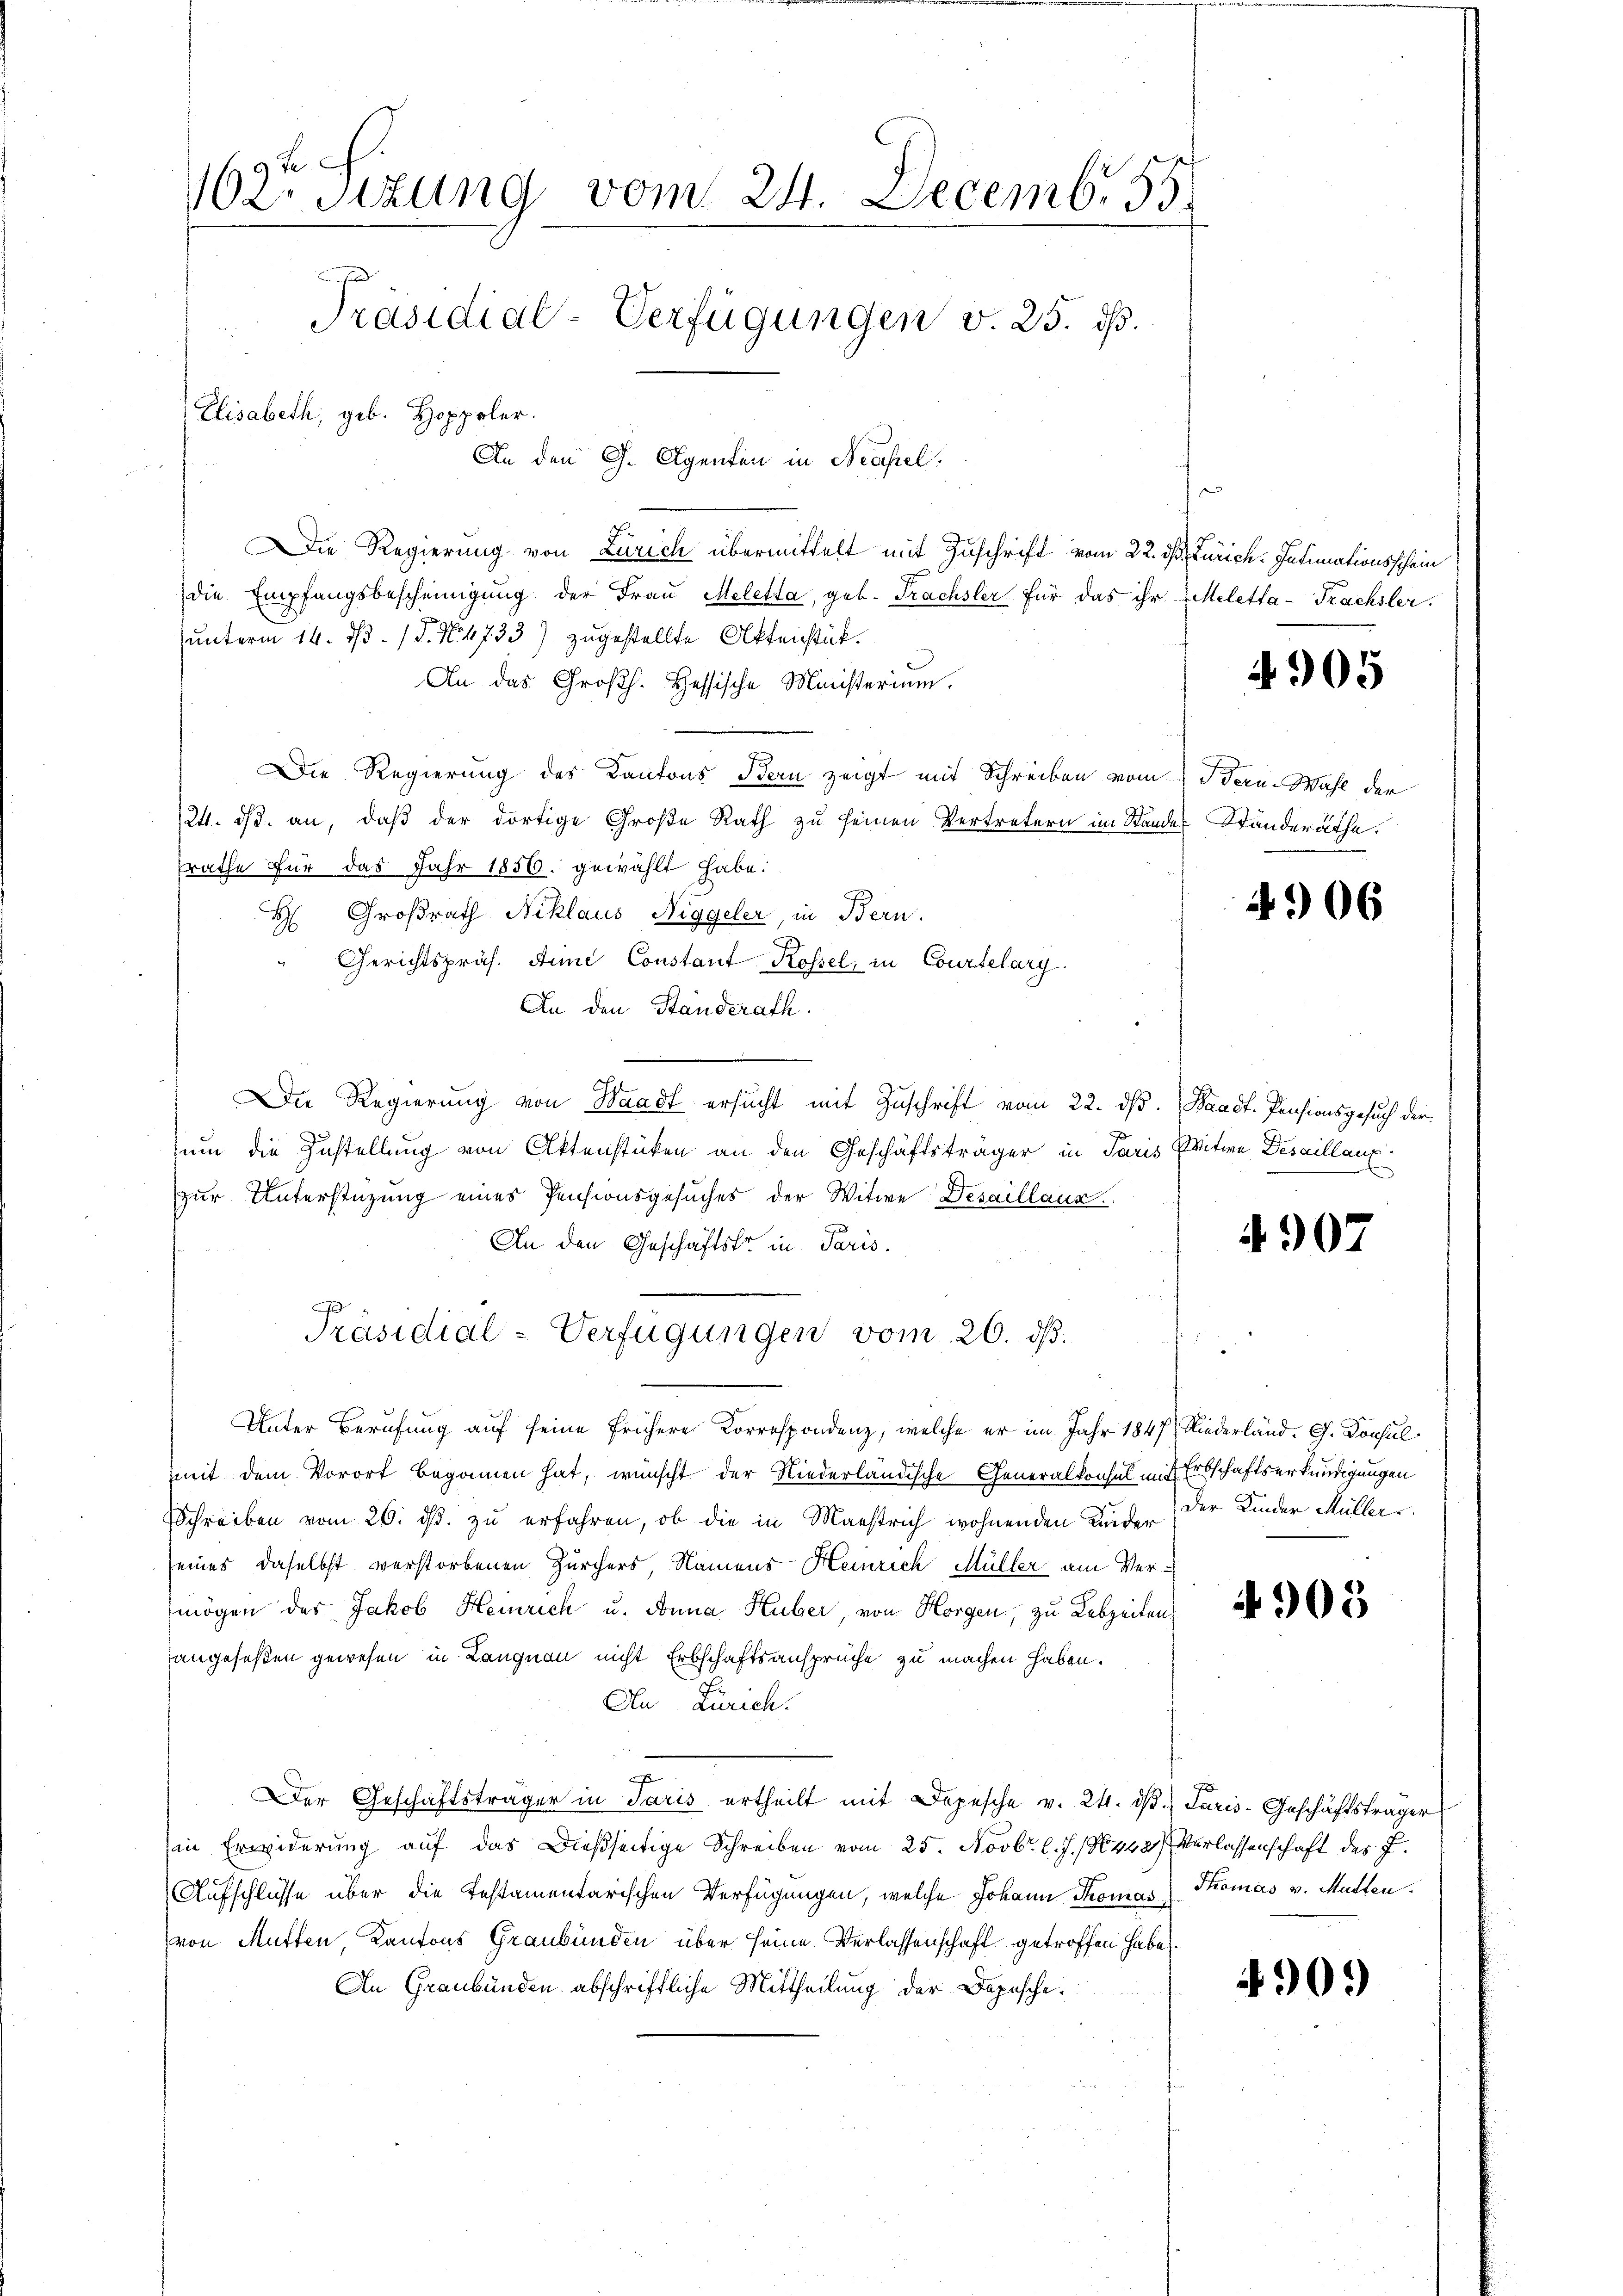
162. Sizung vom 24. Decemb. 55.
Präsidial-Verfügungen v. 25. ds.
Elisabeth, geb. Hoppeler.
An den G. Agenten in Neapel.

Die Regierung von Zürich übermittelt mit Zuschrift vom 22. ds. Zürich. Intimationsschein
die Empfangsbescheinigŭng der Frau Meletta, geb. Trachsler für das ihr Meletta-Trachsler.
unterm 14. d. 1 P. N. 4733) zugestellte Aktenstück.
An das Großh. Hessische Ministerium.
Die Regierung des Kantons Bern zeigt mit Schreiben vom Dorn-Wahl der
124. ds. an, daß der dortige Große Rath zu seinen Vertretern im Stande Ständeräthe.
rathe für das Jahr 1856. gewählt habe.
H Großrath Niklaus Niggeler, in Bern.
Gerichtspräs. Anne Constant Rossel, in Courtelary.
An den Standerath.
Die Regierung von Waadt ersucht mit Zuschrift vom 22. ds. Waadt. Pensionsgesuch der
um die Zustellung von Aktenstücken an den Geschäftsträger in Paris Pritie Desaillanzzur Unterstützung eines Pensionsgesuches der Witwe Desaillanz.
An den Geschäftsfr. in Paris.
J
Präsidial-Verfügungen vom 26. ds.
Unter Berufung auf seine frühere Korrespondenz, welche er im Jahr 1847, Niederland. G. Konsul
mit dem Vorort begonnen hat, wünscht der Niederländische Generalkonsul in Erbschaftserkundigungen
Schreiben vom 26. ds. zu erfahren, ob die in Manstrich wohnenden Kinde der Kinder Müller
eines daselbst verstorbenen Zürchers, Namens Heinrich Müller am Vermögen des Jakob Heinrich u. Anna Huber, von Horgen, zu Lebzeiten
angefaßen gewesen in Langnau nicht Erbschaftsansprüche zu machen haben.
An Zürich.
x
DDer Geschäftsträger in Paris ertheilt mit Depesche v. 24. d. Juris-Geschäftsträger
in Erwiderung auf das dießseitige Schreiben vom 25. Novbr. l. J. N. 442) Verlassenschaft des J.
Aufschlüsse über die Testamentarischen Verfügungen, welche Johann Thomas Thomas v. Mütten.
von Mutten Kantons Graubünden über seine Verlassenschaft getroffen habe.
An Graubünden abschriftliche Mittheilung der Depesche

4905

4906

4907

4905

4909)